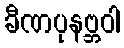
ခီဏပုနဗ္ဘဝါ